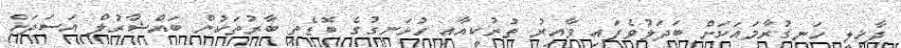
ދާޚިލީ ހަނގުރާމައަކަށް ބަދަލުވެފައި ވާއިރު ތުރުކީއާއި ހުޅަނގުގެ ބޮޑެތި ބާރުތަކުން ބައްޝާރުލް އަސަދަށް